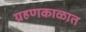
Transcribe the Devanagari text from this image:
ग्रहणकाळात